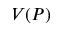
V ( P )